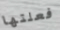
فعلتها